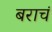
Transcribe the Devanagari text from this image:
बराचं